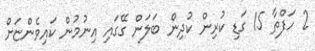
2 ހަފްތާ 15 ގަޑި ކުރިން ކުދިން ބަލަން ގޭގައި އިނުމުން ކައިވެންޏަށް